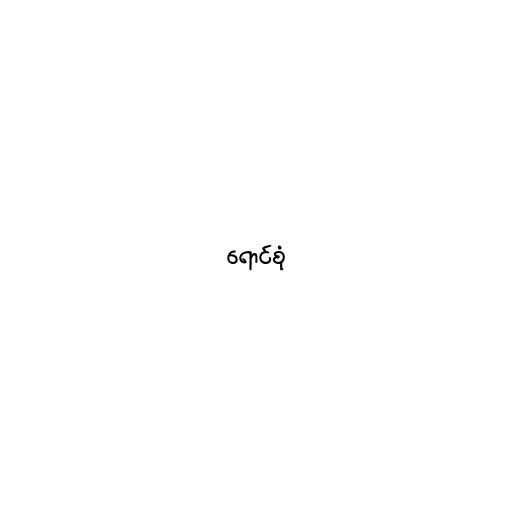
ရောင်စုံ